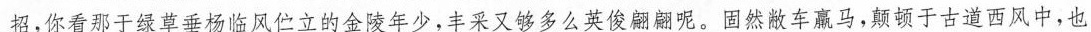
招，你看那于绿草垂杨临风伫立的金陵年少，丰采又够多么英俊翩翩呢。固然敝车羸马，颠顿于古道西风中，也